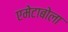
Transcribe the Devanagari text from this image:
एमेटाबोला